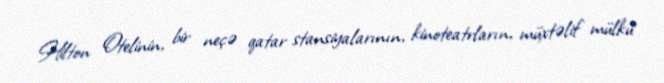
Hilton Otelinin, bir neçə qatar stansiyalarının, kinoteatrların, müxtəlif mülkü